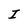
Character: I